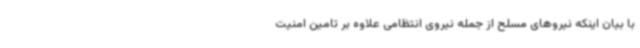
با بیان اینکه نیروهای مسلح از جمله نیروی انتظامی علاوه بر تامین امنیت